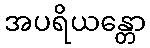
အပရိယန္တော